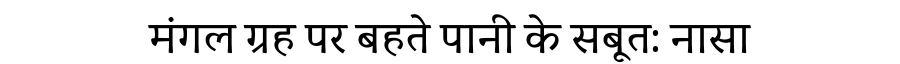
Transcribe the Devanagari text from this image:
मंगल ग्रह पर बहते पानी के सबूत: नासा